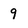
Character: 9